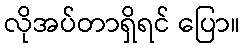
လိုအပ်တာရှိရင် ပြော။